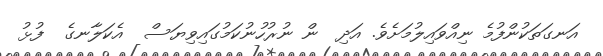
އަނގަތަކުންފުމެ ނިއްވައިލުމަށެވެ. އަދި  ން ނުރުހުނުކަމުގައިވިޔަސް  އެކަލާނގެ  ފުޅު